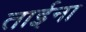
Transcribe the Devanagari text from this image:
ताईना